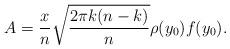
LaTeX: \begin{align*}A=\frac{x}{n}\sqrt{\frac{2\pi k(n-k)}{n}}\rho(y_0)f(y_0).\end{align*}